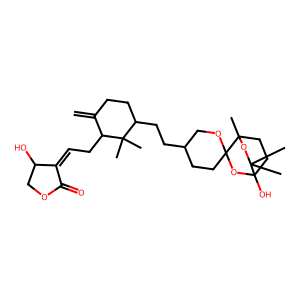
SMILES: C=C1CCC(CCC2CCC3(OC2)OC2(O)CCC3(C)OC2(C)C)C(C)(C)C1CC=C1C(=O)OCC1O
Inhibits HIV replication: No